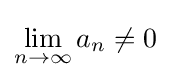
\lim _{n\to \infty }a_{n}\neq 0